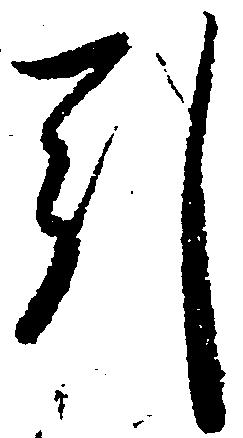
引